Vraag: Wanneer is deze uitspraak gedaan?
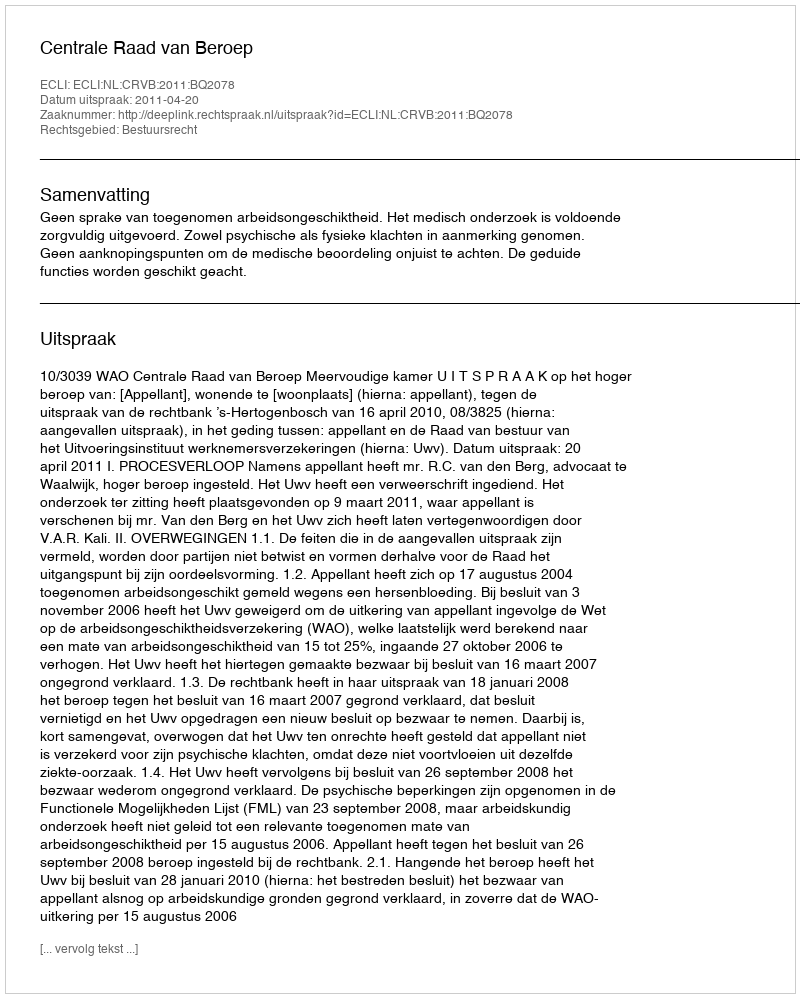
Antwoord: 2011-04-20